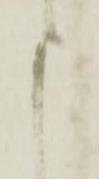
申